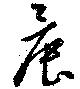
晨